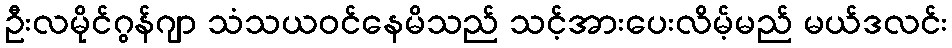
ဦးလမိုင်ဂွန်ဂျာ သံသယဝင်နေမိသည် သင့်အားပေးလိမ့်မည် မယ်ဒလင်း